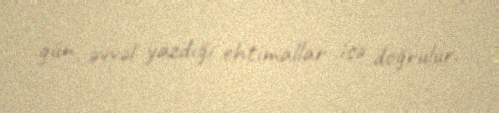
gün əvvəl yazdığı ehtimallar isə doğrulur.